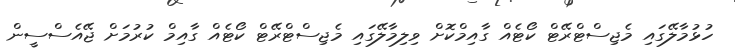
ހުޅުމާލޭގައި މެޖިސްޓްރޭޓް ކޯޓެއް ގާއިމްކޮށް ވިލިމާލޭގައި މެޖިސްޓްރޭޓް ކޯޓެއް ގާއިމް ކުރުމަށް ޖޭއެސްސީން